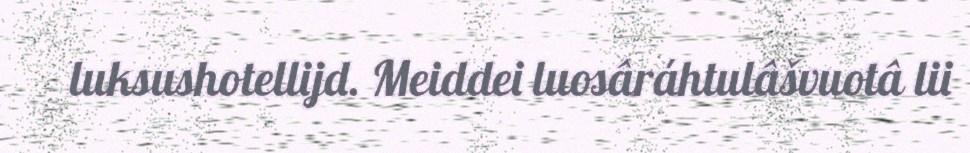
luksushotellijd. Meiddei luosâráhtulâšvuotâ lii